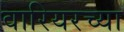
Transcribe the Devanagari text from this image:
वारियरच्या